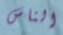
الناس